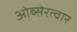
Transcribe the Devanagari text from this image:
ओब्सेरत्वार